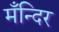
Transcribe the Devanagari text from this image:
मँन्दिर